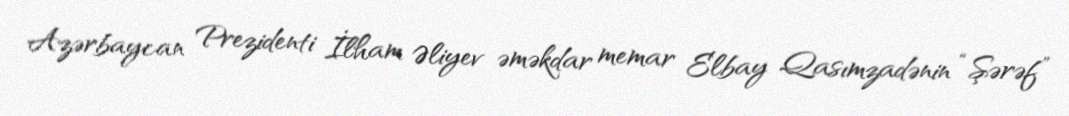
Azərbaycan Prezidenti İlham Əliyev əməkdar memar Elbay Qasımzadənin “Şərəf”